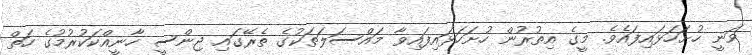
ވަނީ ހުށަހަޅައިފައެވެ. މީގެ އިތުރުން ހުށަހަޅައިފައިވާ މައްސަލަތަކުގެ ތެރޭގައި ޖިންސީ ހާނީއްކަކުރުމުގެ ހަތް